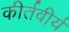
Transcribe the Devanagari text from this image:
कीर्तवीर्य